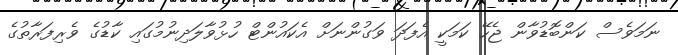
ނަމަވެސް ކަންބޮޑުވާން ޖެހޭ ކަމަކީ އެފަދަ ވަގުންނަށް އެކައުންޓް ހުޅުވާލަދިނުމުގައި ކާޑުގެ ވެރިފަރާތުގެ